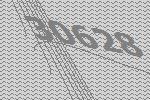
30628